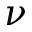
\nu